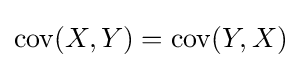
\operatorname {cov} (X,Y)=\operatorname {cov} (Y,X)